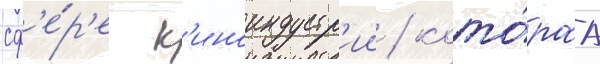
сф'е́р'е к'иноиндустр'ии / кото́раа